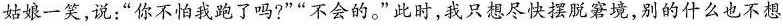
姑娘一笑，说：”你不怕我跑了吗?””不会的。”此时，我只想尽快摆脱窘境，别的什么也不想